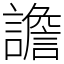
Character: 譫